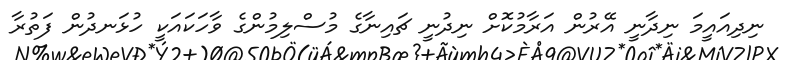
ނިދިއައީމަ ނިދާނީ އޭރުން އަރާމުކޮށް ނިދުނީ ޗައިނާގެ މުސްލިމުންގެ ވާހަކައަކީ ހުޅަނދުން ފަތުރާ